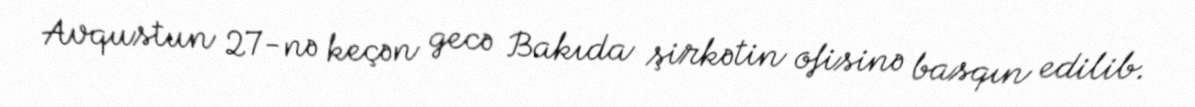
Avqustun 27-nə keçən gecə Bakıda şirkətin ofisinə basqın edilib.